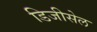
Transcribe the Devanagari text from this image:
डिजीसेल